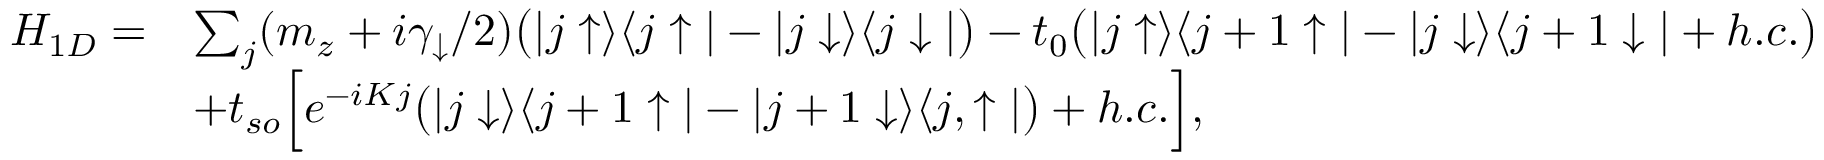
\begin{array} { r l } { H _ { 1 D } = } & { \sum _ { j } ( m _ { z } + i \gamma _ { \downarrow } / 2 ) \bigr ( | j \uparrow \rangle \langle j \uparrow | - | j \downarrow \rangle \langle j \downarrow | \bigr ) - t _ { 0 } \bigr ( | j \uparrow \rangle \langle j + 1 \uparrow | - | j \downarrow \rangle \langle j + 1 \downarrow | + h . c . \bigr ) } \\ & { + t _ { s o } \Big [ e ^ { - i K j } \bigr ( | j \downarrow \rangle \langle j + 1 \uparrow | - | j + 1 \downarrow \rangle \langle j , \uparrow | \bigr ) + h . c . \Big ] , } \end{array}